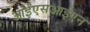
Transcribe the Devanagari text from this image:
आईएसआईएन